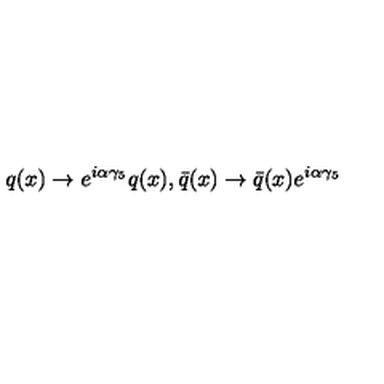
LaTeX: q ( x ) \rightarrow e ^ { i \alpha \gamma _ { 5 } } q ( x ) , \bar { q } ( x ) \rightarrow \bar { q } ( x ) e ^ { i \alpha \gamma _ { 5 } }